Manual of vaccination for the United Provinces of Agra and Oudh -
Year: 1903
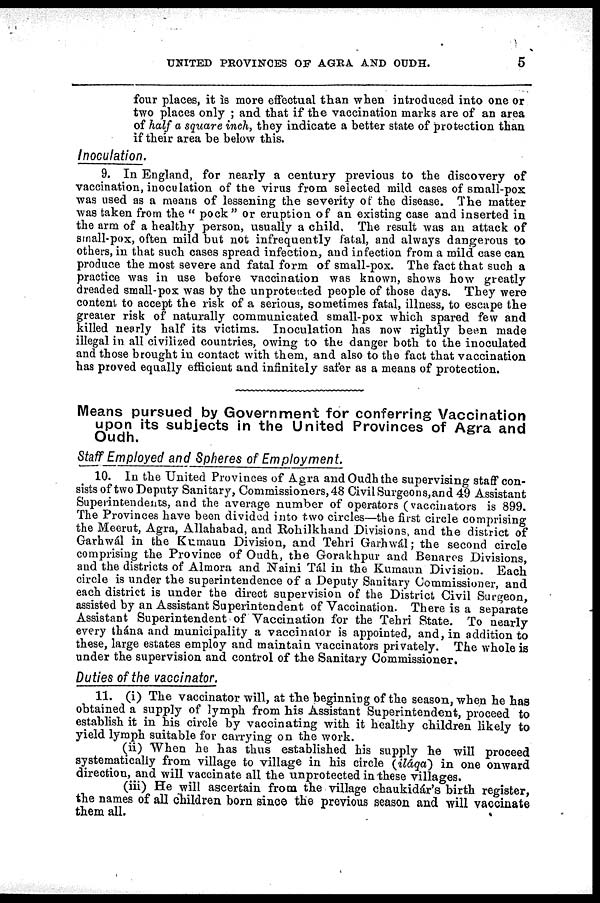
UNITED PROVINCES OF AGRA AND OUDH.
5
four places, it is more effectual than when introduced into one or
two places only ; and that if the vaccination marks are of an area
of half a square inch, they indicate a better state of protection than
if their area be below this.
Inoculation.
9. In England, for nearly a century previous to the discovery of
vaccination, inoculation of the virus from selected mild cases of small-pox
was used as a means of lessening the severity of the disease. The matter
was taken from the " pock" or eruption of an existing case and inserted in
the arm of a healthy person, usually a child. The result was an attack of
small-pox, often mild but not infrequently fatal, and always dangerous to
others, in that such cases spread infection, and infection from a mild case can
produce the most severe and fatal form of small-pox. The fact that such a
practice was in use before vaccination was known, shows how greatly
dreaded small-pox was by the unprotected people of those days. They were
content to accept the risk of a serious, sometimes fatal, illness, to escape the
greater risk of naturally communicated small-pox which spared few and
killed nearly half its victims. Inoculation has now rightly been made
illegal in all civilized countries, owing to the danger both to the inoculated
and those brought in contact with them, and also to the fact that vaccination
has proved equally efficient and infinitely safer as a means of protection.
Means pursued by Government for conferring Vaccination
upon its subjects in the United Provinces of Agra and
Oudh.
Staff Employed and Spheres of Employment.
10. In the United Provinces of Agra and Oudh the supervising staff con-
sists of two Deputy Sanitary, Commissioners, 48 Civil Surgeons,and 49 Assistant
Superintendents, and the average number of operators (vaccinators is 899.
The Provinces have been divided into two circles—the first circle comprising
the Meerut, Agra, Allahabad, and Rohilkhand Divisions, and the district of
Garhwál in the Kumaun Division, and Tehri Garhwál; the second circle
comprising the Province of Oudh, the Gorakhpur and Benares Divisions,
and the districts of Almora and Naini Tál in the Kumaun Division. Each
circle is under the superintendence of a Deputy Sanitary Commissioner, and
each district is under the direct supervision of the District Civil Surgeon,
assisted by an Assistant Superintendent of Vaccination. There is a separate
Assistant Superintendent of Vaccination for the Tehri State. To nearly
every thána and municipality a vaccinator is appointed, and, in addition to
these, large estates employ and maintain vaccinators privately. The whole is
under the supervision and control of the Sanitary Commissioner.
Duties of the vaccinator.
11. (i) The vaccinator will, at the beginning of the season, when he has
obtained a supply of lymph from his Assistant Superintendent, proceed to
establish it in his circle by vaccinating with it healthy children likely to
yield lymph suitable for carrying on the work.
(ii) When he has thus established his supply he will proceed
systematically from village to village in his circle (iláqa) in one onward
direction, and will vaccinate all the unprotected in these villages.
(iii) He will ascertain from the village chaukidár's birth register,
the names of all children born since the previous season and will vaccinate
them all.